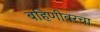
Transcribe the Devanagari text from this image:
बहिणीवरचा